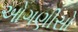
ઓગણીસો